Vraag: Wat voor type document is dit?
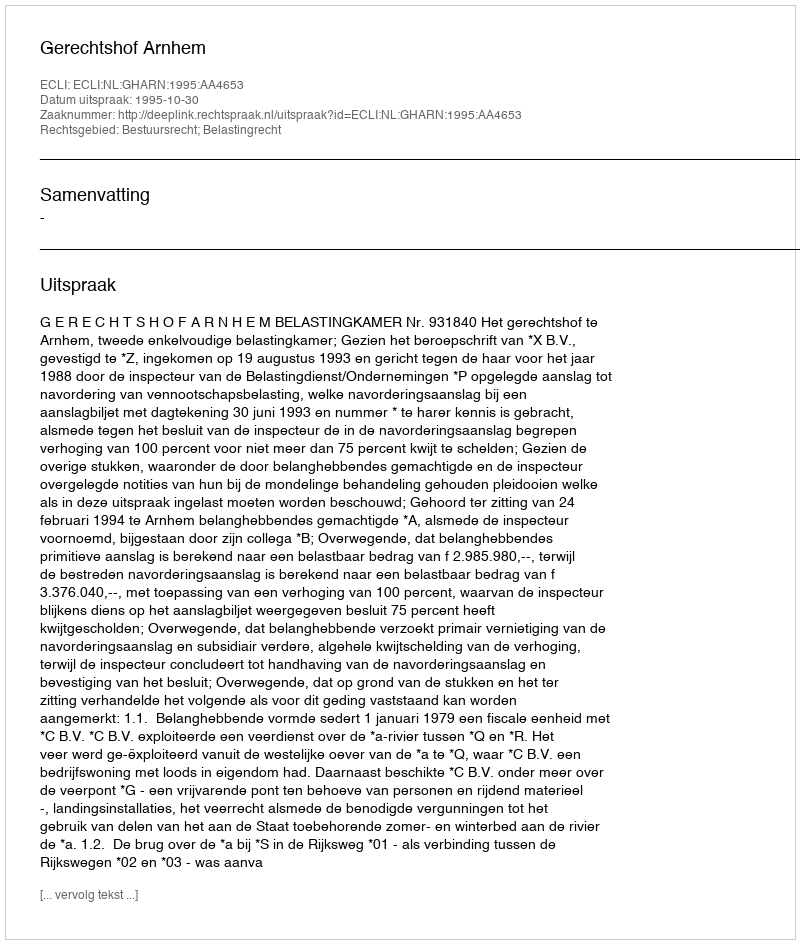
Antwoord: Uitspraak